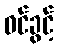
ဝင်ခွင့်